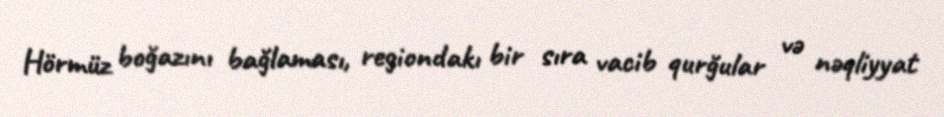
Hörmüz boğazını bağlaması, regiondakı bir sıra vacib qurğular və nəqliyyat